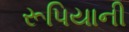
રૂપિયાની